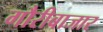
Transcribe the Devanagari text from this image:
गौरीबाजार